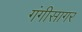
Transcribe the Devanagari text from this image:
गंगीसागर